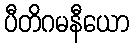
ပီတိဂမနီယော